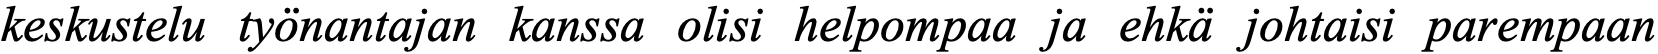
keskustelu työnantajan kanssa olisi helpompaa ja ehkä johtaisi parempaan